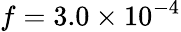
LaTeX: f=3.0\times 10^{-4}